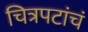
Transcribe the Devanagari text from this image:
चित्रपटांचं